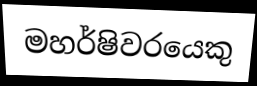
මහර්ෂිවරයෙකු